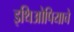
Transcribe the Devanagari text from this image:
इथिओपियाचे